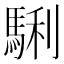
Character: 𩣫